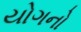
યોગનો